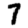
Digit: 7